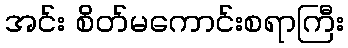
အင်း စိတ်မကောင်းစရာကြီး